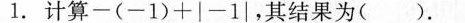
1.计算$$- ( - 1 ) + | - 1 |$$，其结果为( )。